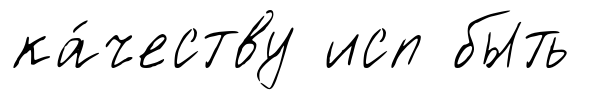
ка́честву исп быть